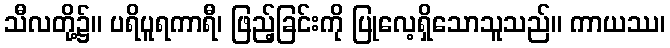
သီလတို့၌။ ပရိပူရကာရီ၊ ဖြည့်ခြင်းကို ပြုလေ့ရှိသောသူသည်။ ကာယဿ၊